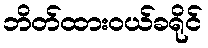
ဘိတ်ထားဝယ်ခရိုင်